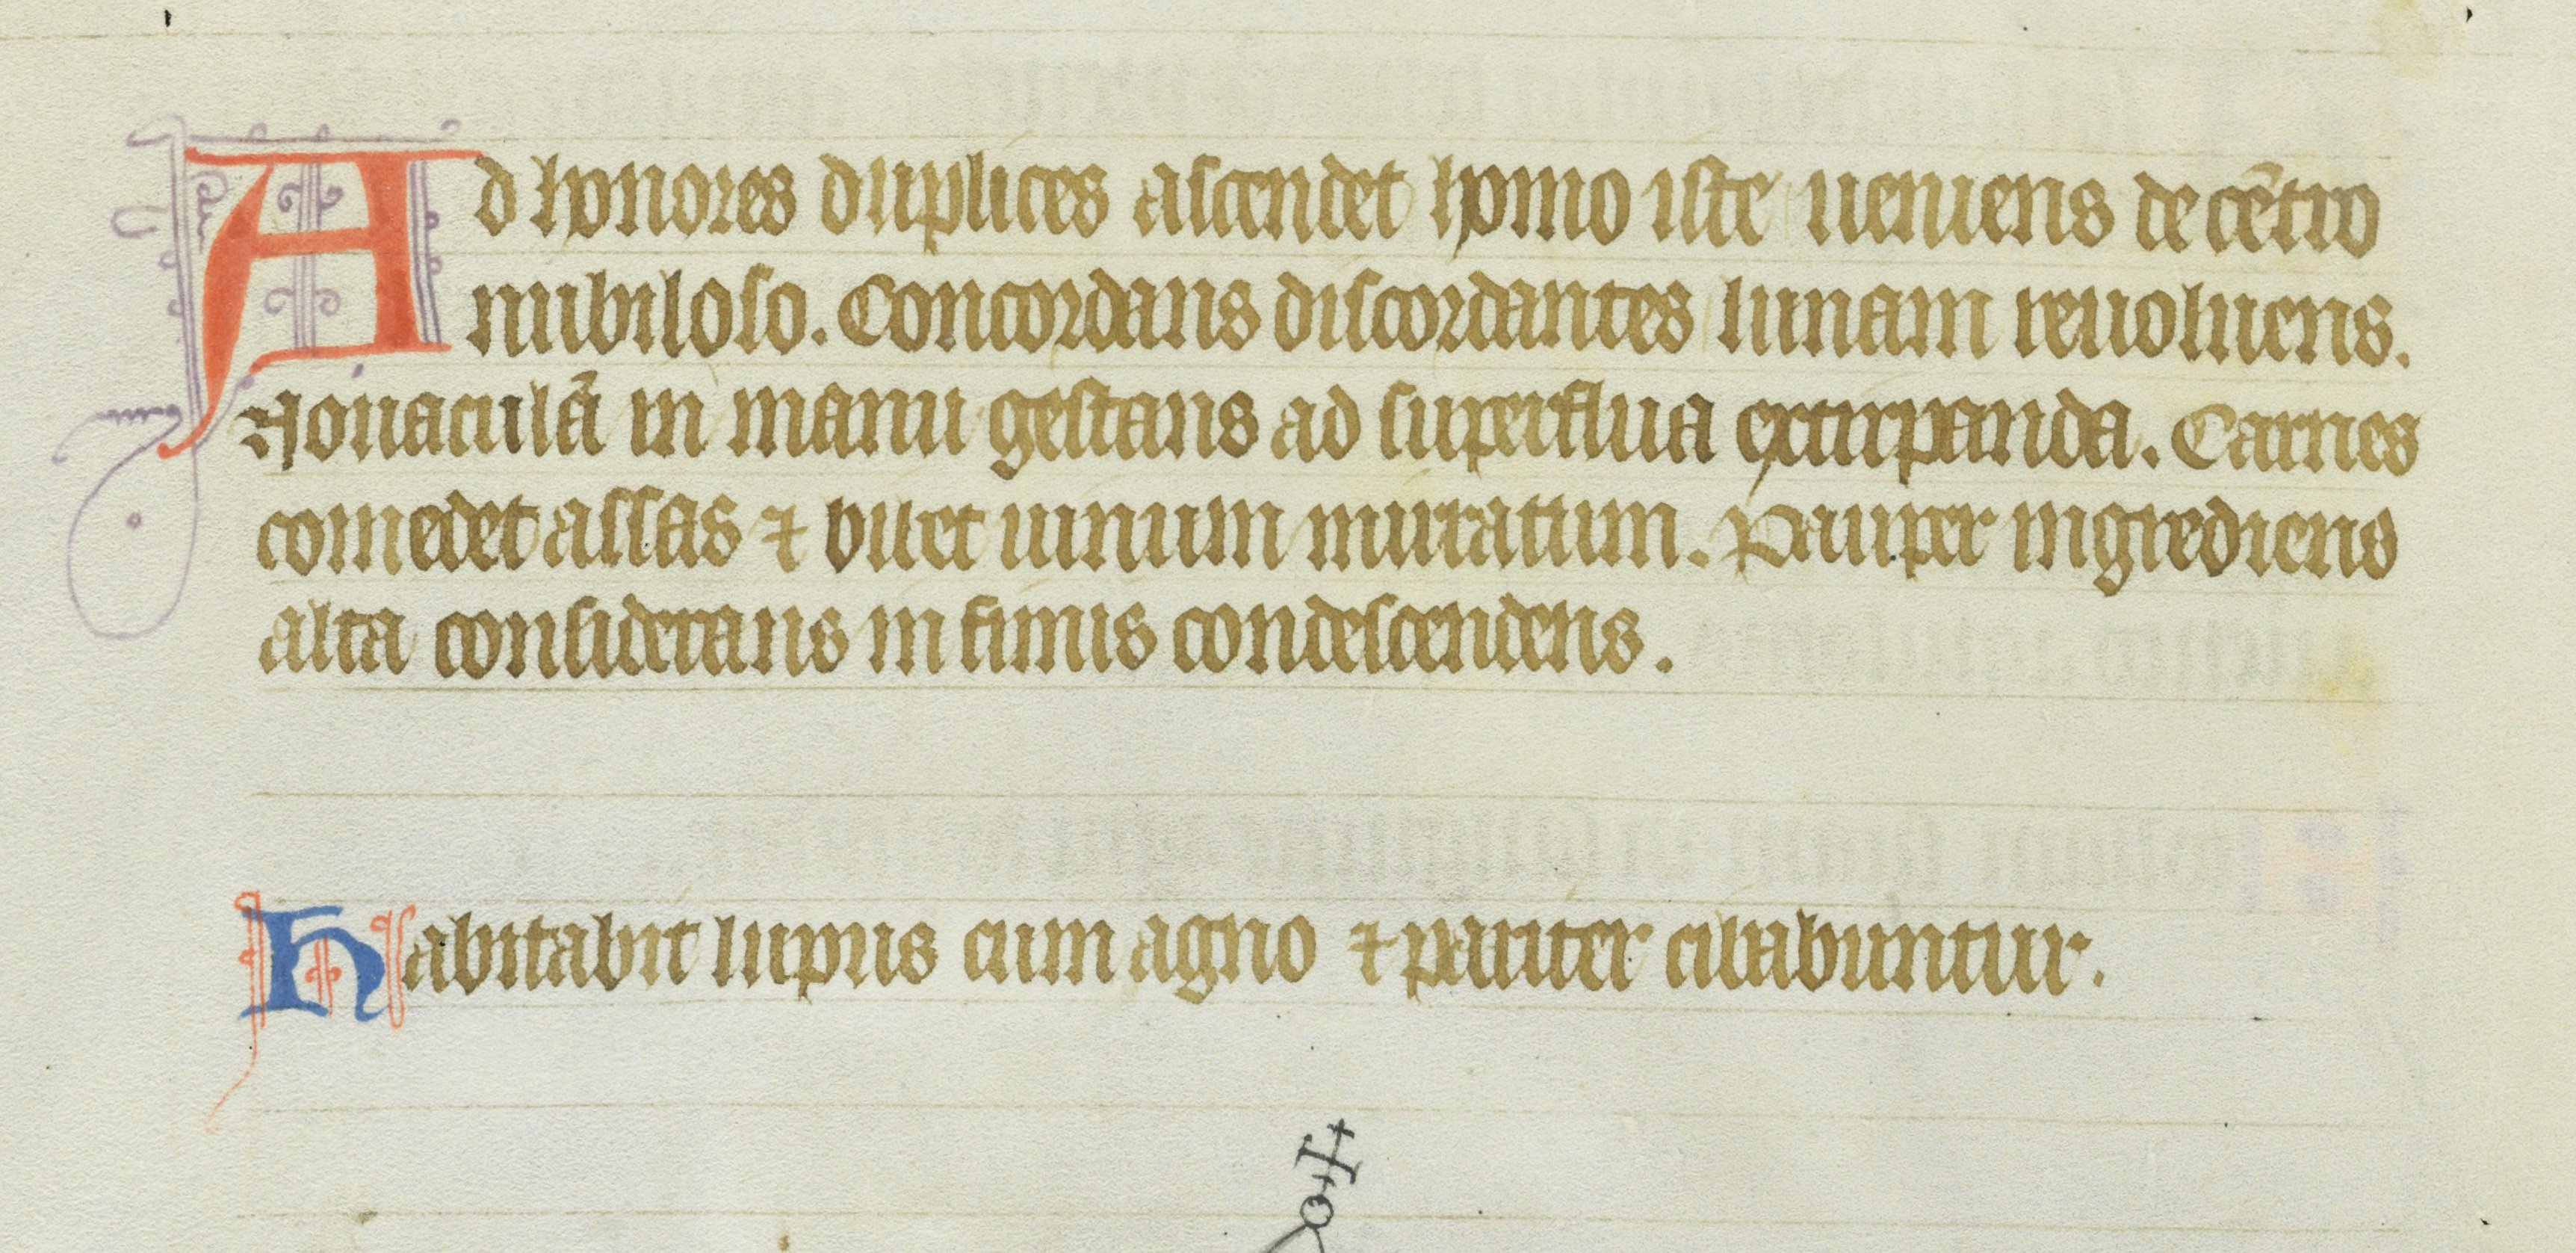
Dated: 1355–1375